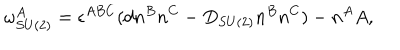
\omega _ { S U ( 2 ) } ^ { A } = \epsilon ^ { A B C } ( d n ^ { B } n ^ { C } - D _ { S U ( 2 ) } n ^ { B } n ^ { C } ) - n ^ { A } A ,